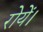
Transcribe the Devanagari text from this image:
रोयें।